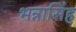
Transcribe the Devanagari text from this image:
भन्नासिंह